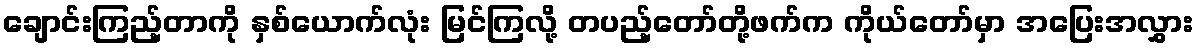
ချောင်းကြည့်တာကို နှစ်ယောက်လုံး မြင်ကြလို့ တပည့်တော်တို့ဖက်က ကိုယ်တော်မှာ အပြေးအလွှား